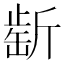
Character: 𣂶